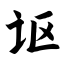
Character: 讴